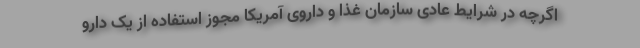
اگرچه در شرایط عادی سازمان غذا و داروی آمریکا مجوز استفاده از یک دارو